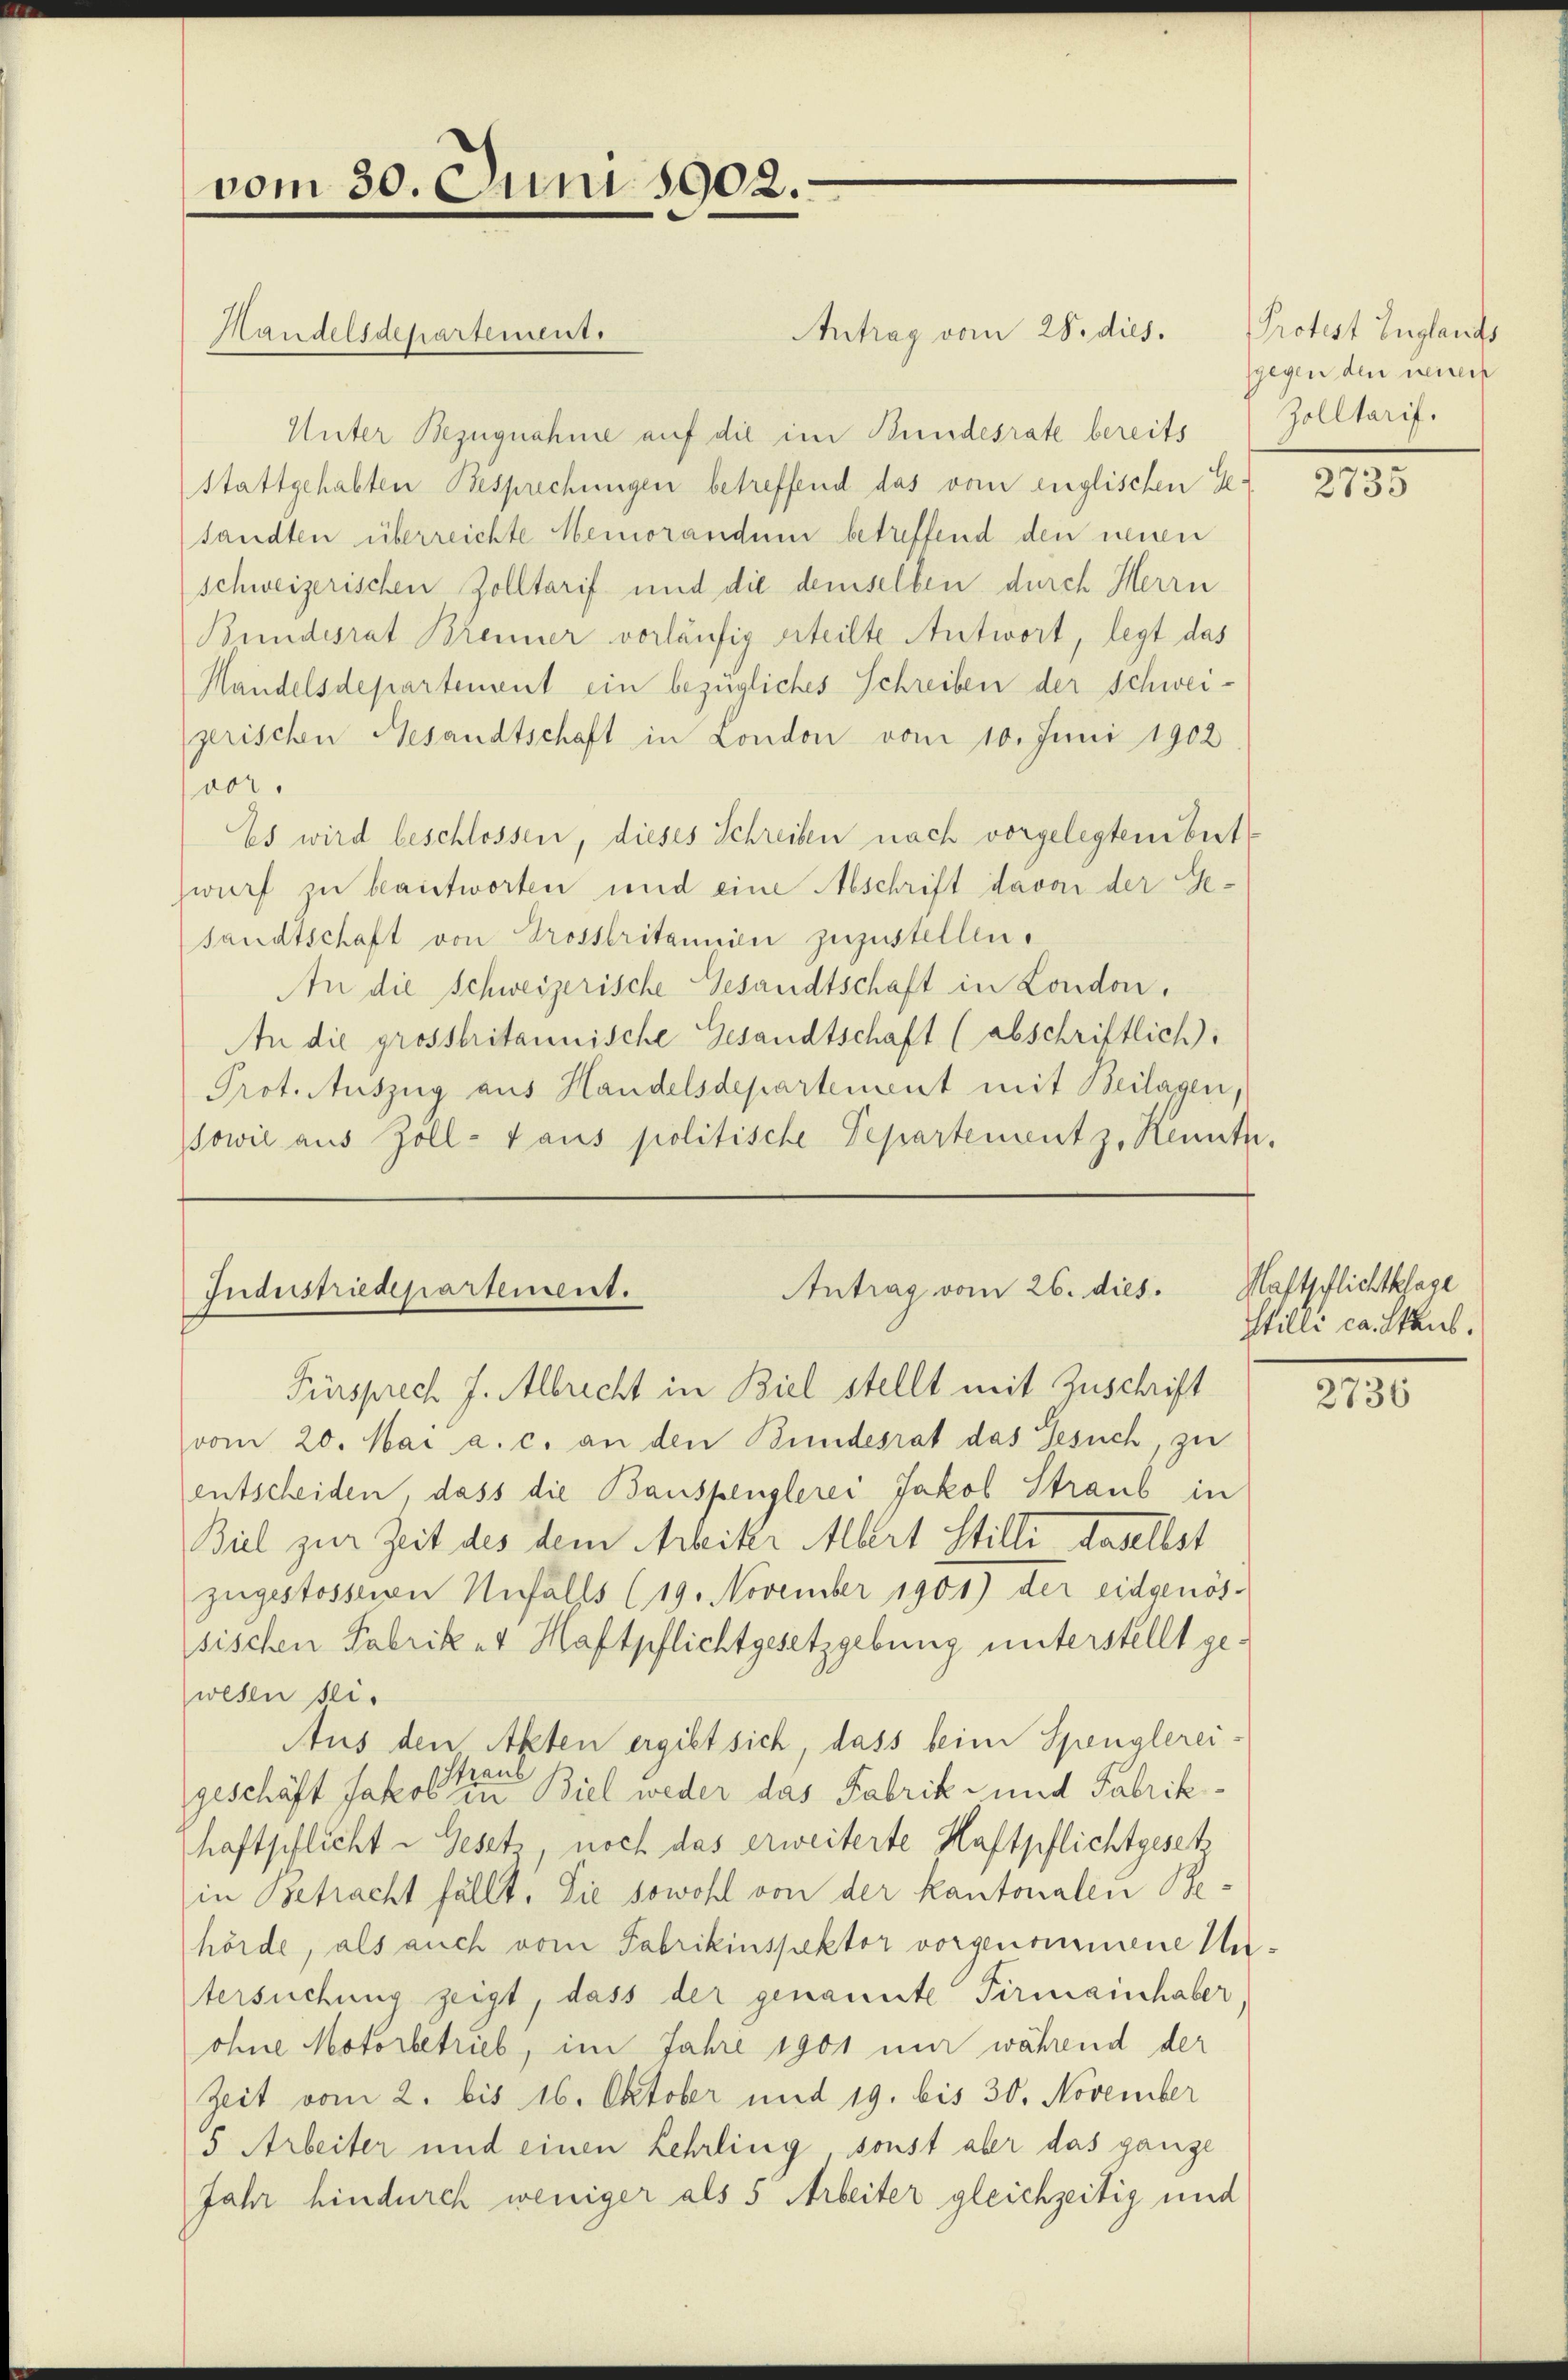
vom 30. Juni 1902.

Handelsdepartement.

Antrag vom 28. dies.
Unter Bezugnahme auf die im Bundesrate bereits
Stattgehabten Besprechungen betreffend das vom englischen Ge-
sandten überreichte Memorandum betreffend den neuen
schweizerischen Zolltarif und die demselben durch Herrn
Bundesrat Brenner vorläufig erteilte Antwort, legt das
Handelsdepartement ein bezügliches Schreiben der Schwei-
gerischen Gesandtschaft in London vom 10. Juni 1902
Paor.
Es wird beschlossen, dieses Schreiben nach vorgelegten bet
wurf zu beantworten und eine Abschrift davon der Gesandtschaft von Trossbritannien zuzustellen.
An die Schweizerische Gesandtschaft in London,
An die grossbritannische Gesandtschaft (abschriftlich.
Prot. Auszug aus Handelsdepartement mit Beilagen,
Sowie aus Zoll-Haus politische Departement z. Kenntn.

Antrag vom 26. dies.
Industriedepartement.

Fürsprech J. Albrecht in Biel stellt mit Zuschrift
vom 20. Mai a. c. an den Bundesrat das Gesuch, zu
entscheiden, dass die Bauspenglerei Jakob Straub in
Biel zur Zeit des dem Arbeiter Albert Stilli daselbst
zugestosseren Unfalls (19. November 1901) der eidgenös-
sischen Fabrik-4 Haftpflichtgesetzgebung unterstellt gewesen sei.
Aus den Akten ergibt sich, dass beim Spenglereitraub
geschäft Jakob in Biel weder das Fabrik- und Fabrikhaftpflicht u Gesetz, noch das erweiterte Haftpflichtgesetz
in Betracht fällt. Sie sowohl von der kantonalen Behörde, als auch vom Fabrikinspektor vorgenommene Untersuchung zeigt, dass der genannte Firmainhaber
ohne Motorbetrieb, im Jahre 1901 um während der
Zeit vom 2. bis 16. Oktober und 19. bis 30. November
5 Arbeiter und einen Lehrling sonst aber das ganze
Jahr hindurch weniger als 5 Arbeiter gleichzeitig und

Protest Englands
gegen den neuen
Zolltarif.

2735

Haftpflichtkhage
Stilli ca. Staub.

2736